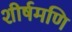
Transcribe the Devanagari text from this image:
शीर्षमणि